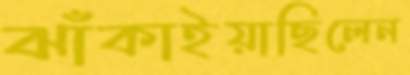
ঝাঁকাইয়াছিলেন